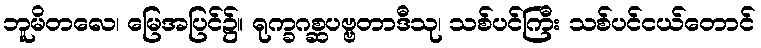
ဘူမိတလေ၊ မြေအပြင်၌။ ရုက္ခဂစ္ဆပဗ္ဗတာဒီသု၊ သစ်ပင်ကြီး သစ်ပင်ငယ်တောင်